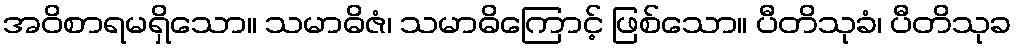
အဝိစာရမရှိသော။ သမာဓိဇံ၊ သမာဓိကြောင့် ဖြစ်သော။ ပီတိသုခံ၊ ပီတိသုခ